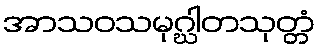
အာသဝသမုဂ္ဃါတသုတ္တံ